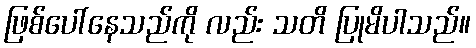
ဖြစ်ပေါ်နေသည်ကို လည်း သတိ ပြုမိပါသည်။